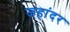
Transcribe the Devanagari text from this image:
जहांदर